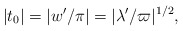
\begin{align*}|t_0|=|w'/\pi|=|\lambda'/\varpi|^{1/2},\end{align*}